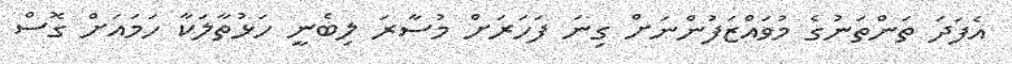
އެފަދަ ތަންތަނުގެ މުވައްޒަފުންނަށް ގިނަ ފަހަރަށް މުސާރަ ލިބެނީ ހަޅުތާލަކާ ހަމައަށް ގޮސް